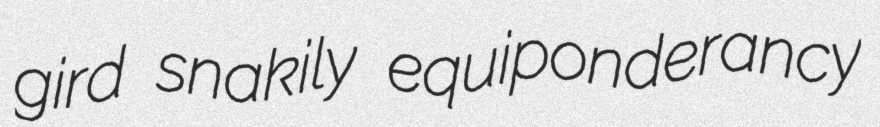
gird snakily equiponderancy